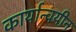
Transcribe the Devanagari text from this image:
कार्यान्वयीन